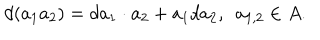
d ( a _ { 1 } a _ { 2 } ) = d a _ { 1 } \cdot a _ { 2 } + a _ { 1 } d a _ { 2 } , ~ ~ a _ { 1 , 2 } \in A .